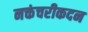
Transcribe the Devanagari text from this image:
नक्तंचरीकदन